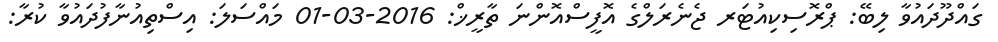
ގައްދޫދައުވާ ލިބޭ: ޕްރޮސިކިއުޓަރ ޖެނެރަލްގެ އޮފީސްއޮންނަ ތާރީޚް: 2016-03-01 މައްސަލަ: އިސްތިއުނާފުދައުވާ ކުރާ: